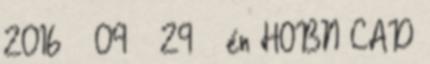
2016 – 09 – 29 – én HOBN CAD